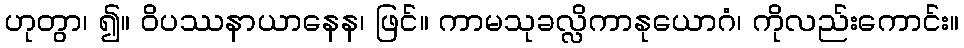
ဟုတွာ၊ ၍။ ဝိပဿနာယာနေန၊ ဖြင်။ ကာမသုခလ္လိကာနုယောဂံ၊ ကိုလည်းကောင်း။